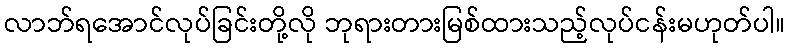
လာဘ်ရအောင်လုပ်ခြင်းတို့လို ဘုရားတားမြစ်ထားသည့်လုပ်ငန်းမဟုတ်ပါ။